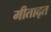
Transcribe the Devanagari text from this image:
मीताद्त